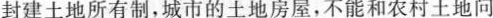
封建土地所有制，城市的土地房屋，不能和农村土地问